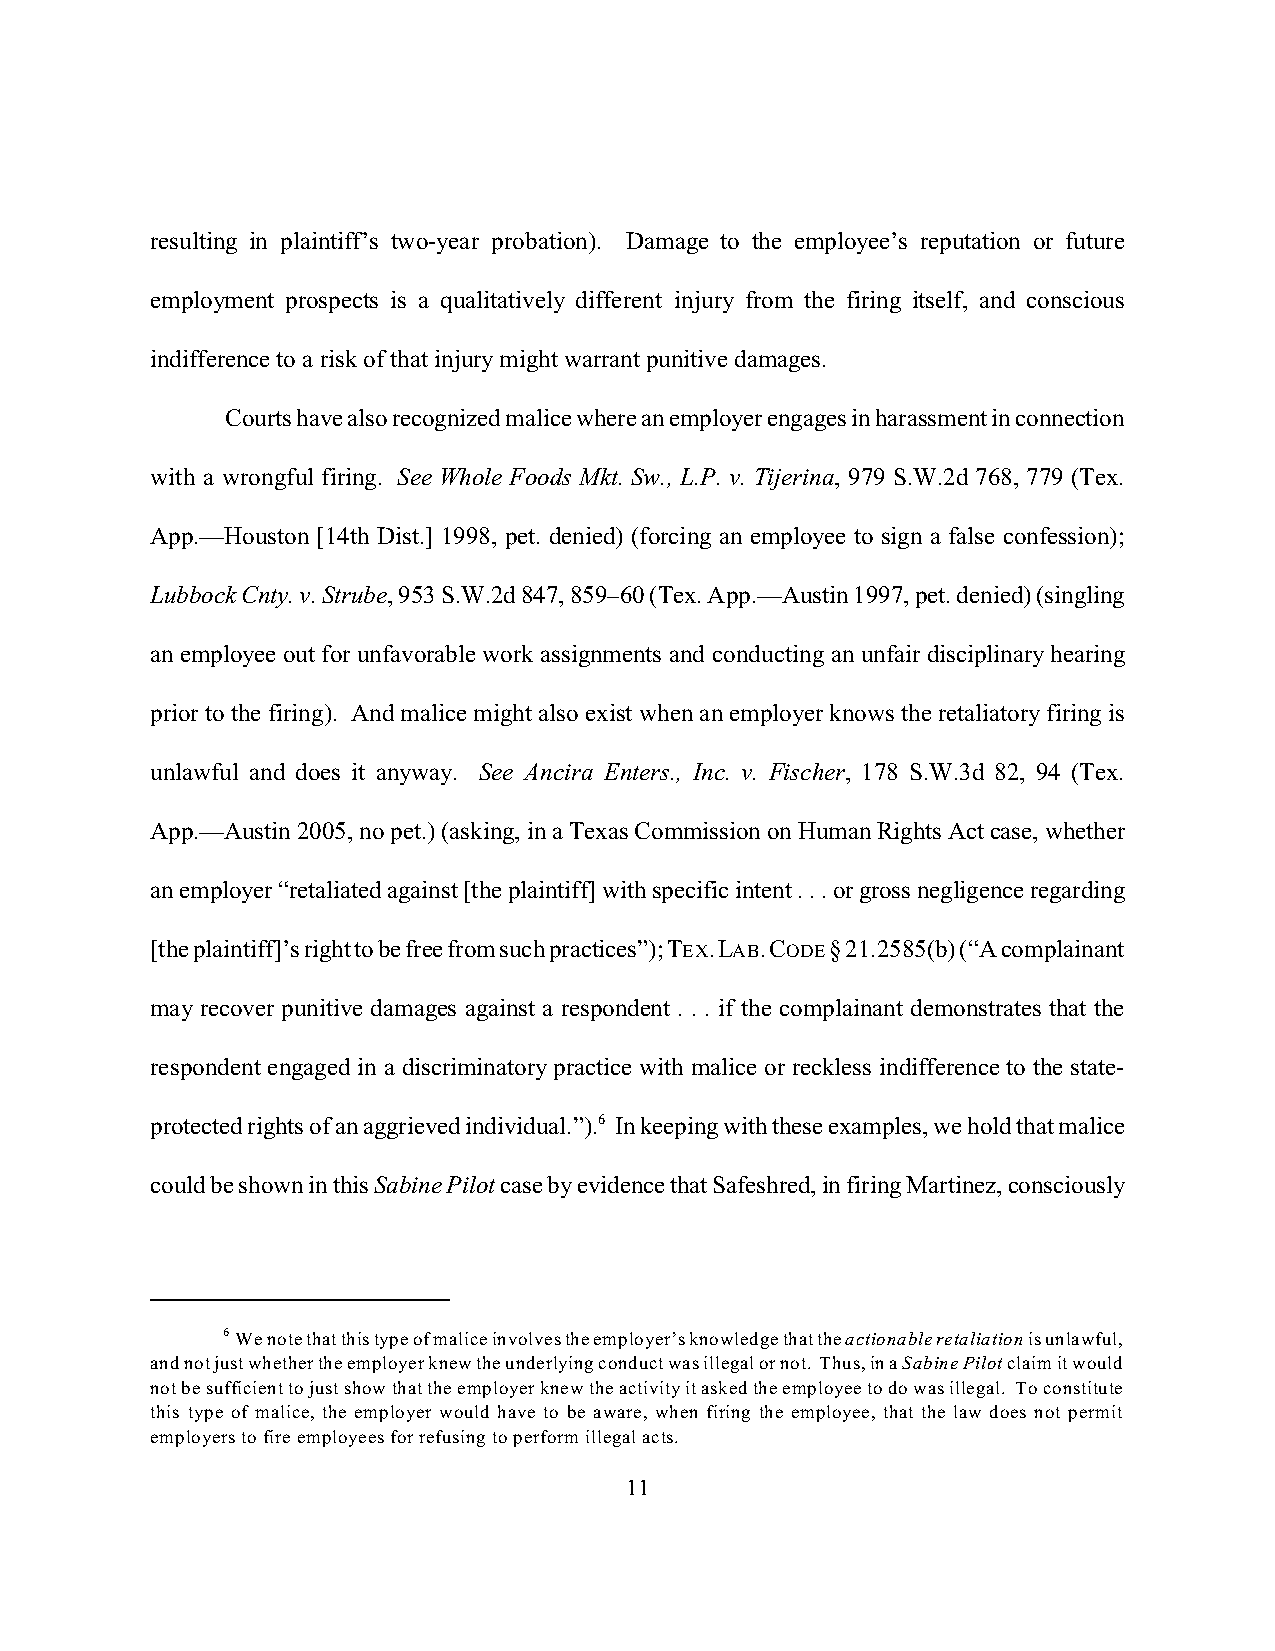
resulting in plaintiff’s two-year probation). Damage to the employee’s reputation or future
 employment prospects is a qualitatively different injury from the firing itself, and conscious
 indifference to a risk of that injury might warrant punitive damages.
 Courts have also recognized malice where an employer engages in harassment in connection
 with a wrongful firing. See Whole Foods Mkt. Sw., L.P. v. Tijerina, 979 S.W.2d 768, 779 (Tex.
 App.—Houston [14th Dist.] 1998, pet. denied) (forcing an employee to sign a false confession);
 Lubbock Cnty. v. Strube, 953 S.W.2d 847, 859–60 (Tex. App.—Austin 1997, pet. denied) (singling
 an employee out for unfavorable work assignments and conducting an unfair disciplinary hearing
 prior to the firing). And malice might also exist when an employer knows the retaliatory firing is
 unlawful and does it anyway. See Ancira Enters., Inc. v. Fischer, 178 S.W.3d 82, 94 (Tex.
 App.—Austin 2005, no pet.) (asking, in a Texas Commission on Human Rights Act case, whether
 an employer “retaliated against [the plaintiff] with specific intent . . . or gross negligence regarding
 [the plaintiff]’s right to be free from such practices”); TEX. LAB. CODE § 21.2585(b) (“A complainant
 may recover punitive damages against a respondent . . . if the complainant demonstrates that the
 respondent engaged in a discriminatory practice with malice or reckless indifference to the state-
 protected rights of an aggrieved individual.”).6 In keeping with these examples, we hold that malice
 could be shown in this Sabine Pilot case by evidence that Safeshred, in firing Martinez, consciously
 6 We note that this type of malice involves the employer’s knowledge that the actionable retaliation is unlawful,
 and not just whether the employer knew the underlying conduct was illegal or not. Thus, in a Sabine Pilot claim it would
 not be sufficient to just show that the employer knew the activity it asked the employee to do was illegal. To constitute
 this type of malice, the employer would have to be aware, when firing the employee, that the law does not permit
 employers to fire employees for refusing to perform illegal acts.
 11